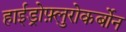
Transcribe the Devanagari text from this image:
हाईड्रोफ़्लुरोकर्बोन